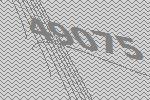
49075